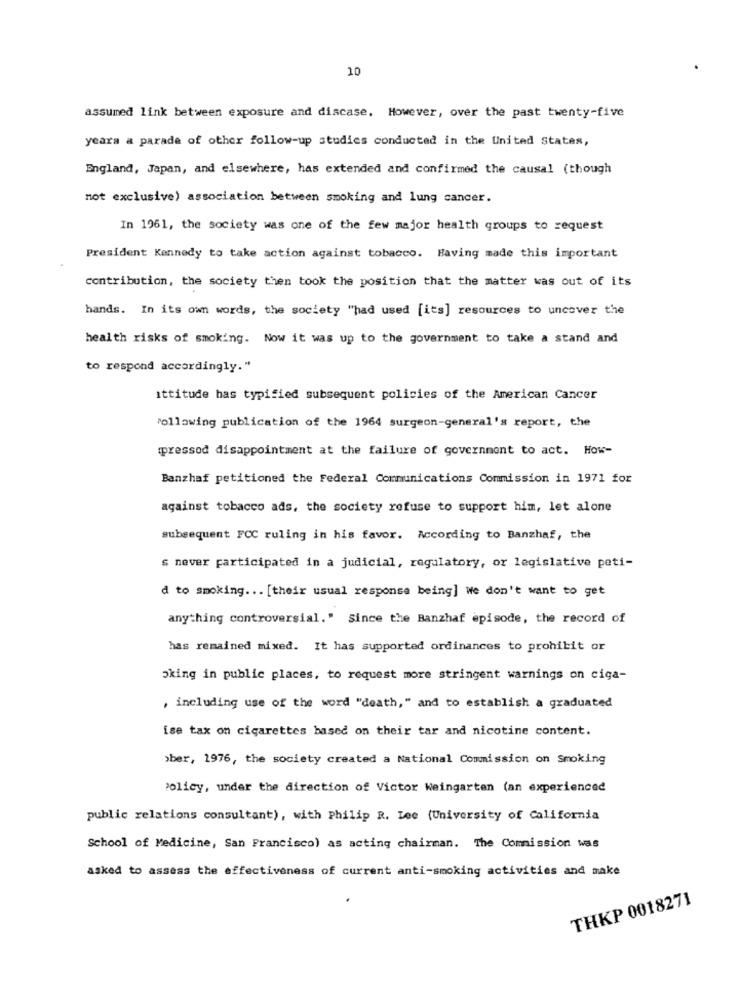
10
assumed link between exposure and discase. However, over the past twenty-five
years a parade of other follow-up studies conducted in the United States,
England, Japan, and elsewhere, has extended and confirmed the causal (though
not exclusive) association between smoking and lung cancer.
In 1961, the society was one of the few major health groups to request
President Kennedy to take action against tobacco. Having made this important
contribution, the society then took the position that the matter was out of its
hands. In its own words, the society "had used [its] resources to uncover the
health risks of smoking. Now it was up to the government to take a stand and
to respond accordingly."
ittitude has typified subsequent policies of the American Cancer
Following publication of the 1964 surgeon-general's report, the
pressod disappointment at the failure of government to act. How-
Banzhaf petitioned the Federal Communications Commission in 1971 for
against tobacco ads, the society refuse to support him, let alone
subsequent FCC ruling in his favor. According to Banzhaf, the
s never participated in a judicial, regulatory, or legislative peti-
d to smoking ... [their usual response being] we don't want to get
anything controversial." Since the Banzhaf episode, the record of
has remained mixed. It has supported ordinances to prohibit or
oking in public places, to request more stringent warnings on ciga-
, including use of the word "death," and to establish a graduated
ise tax on cigarettes based on their tar and nicotine content.
>ber, 1976, the society created a National Commission on Smoking
Policy, under the direction of Victor Weingarten (an experienced
public relations consultant), with Philip R. Lee (University of California
School of Medicine, San Francisco) as acting chairman. The Commission was
asked to assess the effectiveness of current anti-smoking activities and make
THKP 0018271